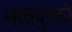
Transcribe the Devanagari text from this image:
भरतपुरको